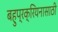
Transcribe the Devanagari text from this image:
बहुप्रक्रियनासाठी